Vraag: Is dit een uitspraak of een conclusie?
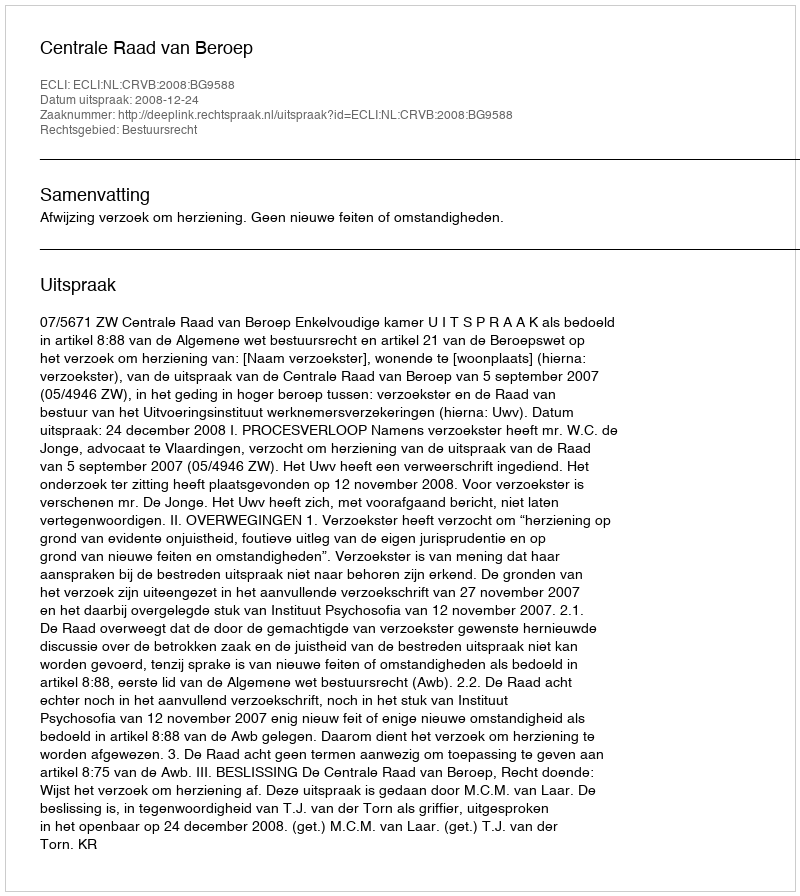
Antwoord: Uitspraak